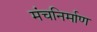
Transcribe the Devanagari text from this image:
मंचनिर्माण